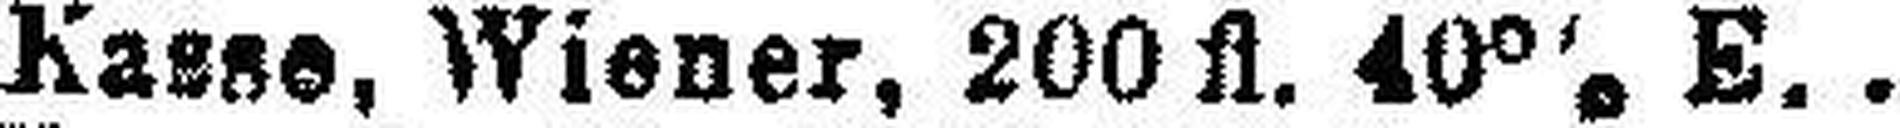
„ Kasse, Wiener, 200 fl. 40% E.